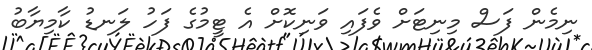
ނިމެން ފަސް މިނިޓަށް ވެފައި ވަނިކޮށް އެ ޓީމުގެ ފަހު ލަނޑު ކާމިޔާބު